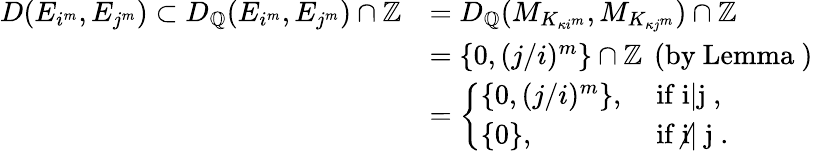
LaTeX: \begin{array}{rl}{D(E_{i^{m}},E_{j^{m}})\subset D_{\mathbb{Q}}(E_{i^{m}},E_{j^{m}})\cap\mathbb{Z}}&{=D_{\mathbb{Q}}(M_{K_{\kappa i^{m}}},M_{K_{\kappa j^{m}}})\cap\mathbb{Z}}\\ &{=\{ 0,(j/i)^{m}\} \cap\mathbb{Z}\, \mathrm{~(by~Lemma~)}}\\ &{=\left\{ \begin{array}{ll}{\{ 0,(j/i)^{m}\} ,}&{\mathrm{~if~i|j~,}}\\ {\{ 0\} ,}&{\mathrm{~if~i{\not|}~j~.}}\end{array}\right.}\end{array}